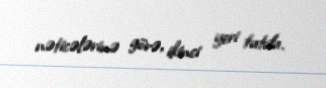
nəticələrinə görə, ikinci yeri tutdu.